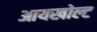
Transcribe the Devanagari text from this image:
आयखोल्ट